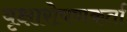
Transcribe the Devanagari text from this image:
वृक्षारोपणकर्ता